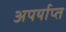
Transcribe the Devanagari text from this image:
अपर्याप्‍त